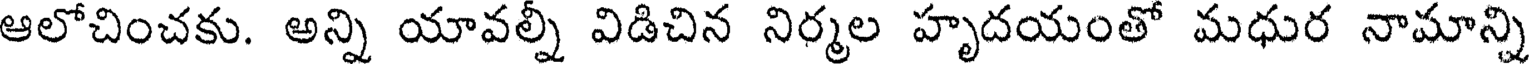
ఆలోచించకు. అన్ని యావల్నీ విడిచిన నిర్మల హృదయంతో మధుర నామాన్ని